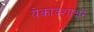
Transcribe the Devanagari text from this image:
येकादशाक्षरे